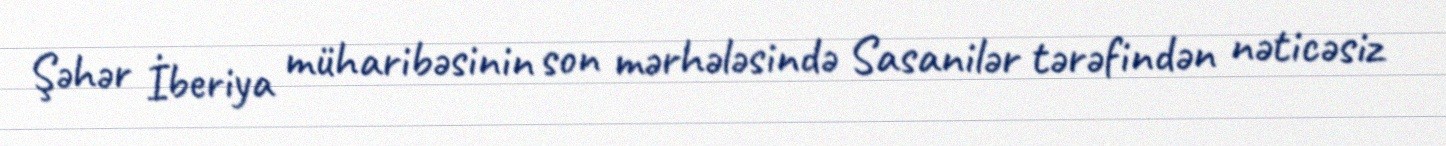
Şəhər İberiya müharibəsinin son mərhələsində Sasanilər tərəfindən nəticəsiz